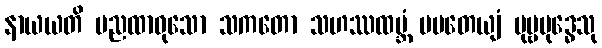
နာယယတိ မညထာဝုသော သကတော သဟဿထမ္ဘံ ပပတေယျံ ပုဗ္ဗဗုဒ္ဓေသု